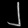
Digit: ၂